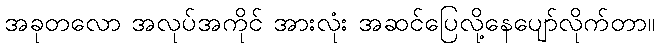
အခုတလော အလုပ်အကိုင် အားလုံး အဆင်ပြေလို့နေပျော်လိုက်တာ။